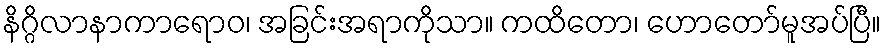
နိဂ္ဂိလာနာကာရောဝ၊ အခြင်းအရာကိုသာ။ ကထိတော၊ ဟောတော်မူအပ်ပြီ။